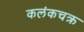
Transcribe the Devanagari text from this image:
कलंकचक्र